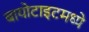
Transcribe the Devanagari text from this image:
बायोटाइटमध्ये